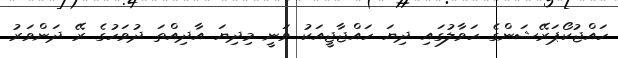
ހައްޖުކޯޕަރޭޝަންގެ ހަވާލުގައި ދިޔަ ހައްޖާޖީއަކު ވަނީ މިދިޔަ އާދިއްތަ ދުވަހުގެ ރޭ ދަންވަރު